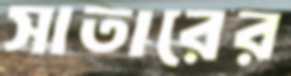
সাতারের